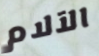
الآلام